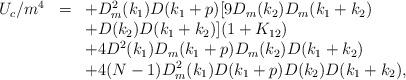
LaTeX: \begin{align*}\begin{array}{rcl}U_c/m^4&=&\displaystyle +D_m^2(k_1)D(k_1+p)[9D_m(k_2)D_m(k_1+k_2)\\&&\displaystyle +D(k_2)D(k_1+k_2)](1+K_{12})\\&&\displaystyle +4D^2(k_1)D_m(k_1+p)D_m(k_2)D(k_1+k_2)\\&&\displaystyle +4(N-1)D_m^2(k_1)D(k_1+p)D(k_2)D(k_1+k_2), \end{array}\end{align*}